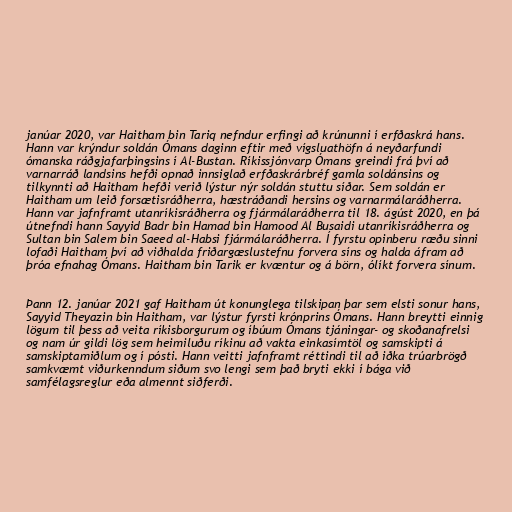
janúar 2020, var Haitham bin Tariq nefndur erfingi að krúnunni í erfðaskrá hans.
Hann var krýndur soldán Ómans daginn eftir með vígsluathöfn á neyðarfundi
ómanska ráðgjafarþingsins í Al-Bustan. Ríkissjónvarp Ómans greindi frá því að
varnarráð landsins hefði opnað innsiglað erfðaskrárbréf gamla soldánsins og
tilkynnti að Haitham hefði verið lýstur nýr soldán stuttu síðar. Sem soldán er
Haitham um leið forsætisráðherra, hæstráðandi hersins og varnarmálaráðherra.
Hann var jafnframt utanríkisráðherra og fjármálaráðherra til 18. ágúst 2020, en þá
útnefndi hann Sayyid Badr bin Hamad bin Hamood Al Busaidi utanríkisráðherra og
Sultan bin Salem bin Saeed al-Habsi fjármálaráðherra. Í fyrstu opinberu ræðu sinni
lofaði Haitham því að viðhalda friðargæslustefnu forvera síns og halda áfram að
þróa efnahag Ómans. Haitham bin Tarik er kvæntur og á börn, ólíkt forvera sínum.

Þann 12. janúar 2021 gaf Haitham út konunglega tilskipan þar sem elsti sonur hans,
Sayyid Theyazin bin Haitham, var lýstur fyrsti krónprins Ómans. Hann breytti einnig
lögum til þess að veita ríkisborgurum og íbúum Ómans tjáningar- og skoðanafrelsi
og nam úr gildi lög sem heimiluðu ríkinu að vakta einkasímtöl og samskipti á
samskiptamiðlum og í pósti. Hann veitti jafnframt réttindi til að iðka trúarbrögð
samkvæmt viðurkenndum siðum svo lengi sem það bryti ekki í bága við
samfélagsreglur eða almennt siðferði.